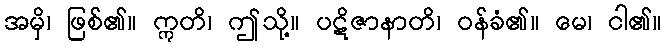
အမှိ၊ ဖြစ်၏။ ဣတိ၊ ဤသို့။ ပဋိဇာနာတိ၊ ဝန်ခံ၏။ မေ၊ ငါ၏။